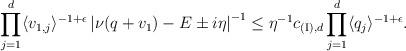
LaTeX: \begin{align*} & \prod_{j=1}^d \langle v_{1,j} \rangle^{-1+\epsilon} \left| \nu( q + v_1) - E \pm i \eta \right|^{-1} \leq \eta^{-1} c_{{\rm (I)},d} \prod_{j=1}^d \langle q_j \rangle^{-1 + \epsilon } . \end{align*}